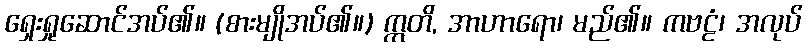
ရှေးရှုဆောင်အပ်၏။ (စားမျိုအပ်၏။) ဣတိ, အာဟာရော၊ မည်၏။ ကဗဠံ၊ အလုပ်